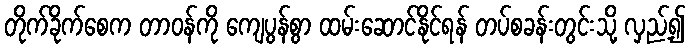
တိုက်ခိုက်စေက တာဝန်ကို ကျေပွန်စွာ ထမ်းဆောင်နိုင်ရန် တပ်စခန်းတွင်းသို့ လှည့်၍